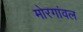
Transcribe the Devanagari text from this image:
मोरगांवल